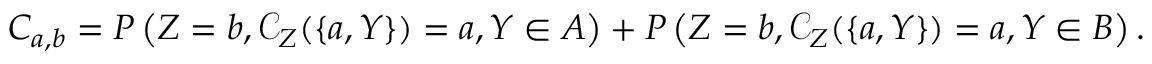
C _ { a , b } = P \left( Z = b , \mathcal { C } _ { Z } ( \{ a , Y \} ) = a , Y \in A \right) + P \left( Z = b , \mathcal { C } _ { Z } ( \{ a , Y \} ) = a , Y \in B \right) .